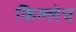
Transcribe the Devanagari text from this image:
किल्लेच